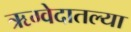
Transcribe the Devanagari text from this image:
ऋग्वेदातल्या